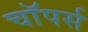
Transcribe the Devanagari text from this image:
चाॅपर्स